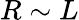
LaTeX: R\sim L